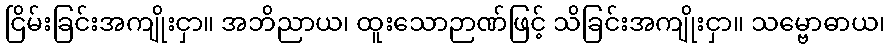
ငြိမ်းခြင်းအကျိုးငှာ။ အဘိညာယ၊ ထူးသောဉာဏ်ဖြင့် သိခြင်းအကျိုးငှာ။ သမ္ဗောဓာယ၊